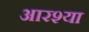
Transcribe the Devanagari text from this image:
आरश्या